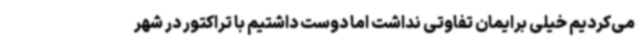
می‌کردیم خیلی برایمان تفاوتی نداشت اما دوست داشتیم با تراکتور در شهر